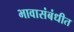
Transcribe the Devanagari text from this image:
भावासंबंधीत